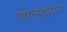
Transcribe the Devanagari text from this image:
बोलुग्रासन